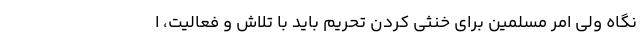
نگاه ولی امر مسلمین برای خنثی کردن تحریم باید با تلاش و فعالیت، ا